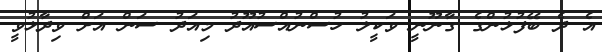
އެ ދެ ބޭފުޅުންގެ ގާނޫނީ ވަކީލު ހުސްނުއްސުއޫދު މިއަދު ސަން އަށް ވިދާޅުވީ